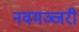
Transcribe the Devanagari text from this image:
नवमञ्जरी